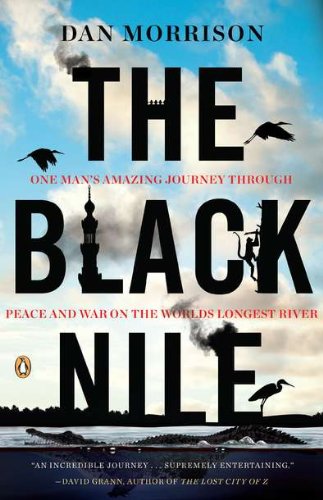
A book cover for The Black Nile: One Man's Amazing Journey Through Peace and War on the World's Longest River; Dan Morrison; Travel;